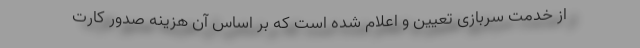
از خدمت سربازی تعیین و اعلام شده است که بر اساس آن هزینه صدور کارت